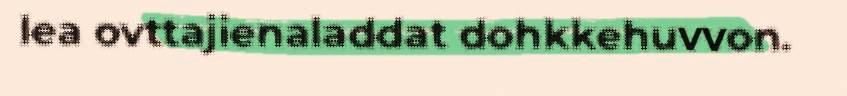
lea ovttajienaladdat dohkkehuvvon.